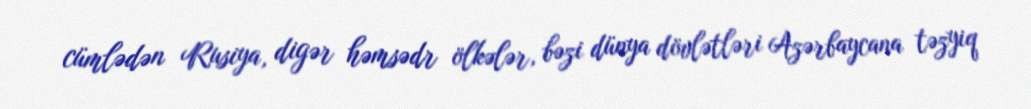
cümlədən Rusiya, digər həmsədr ölkələr, bəzi dünya dövlətləri Azərbaycana təzyiq